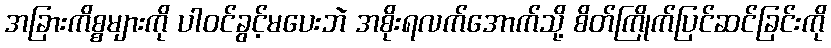
အခြားကိစ္စများကို ပါဝင်ခွင့်မပေးဘဲ အစိုးရလက်အောက်သို့ စိတ်ကြိုက်ပြင်ဆင်ခြင်းကို